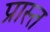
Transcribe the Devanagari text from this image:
प्रास्त